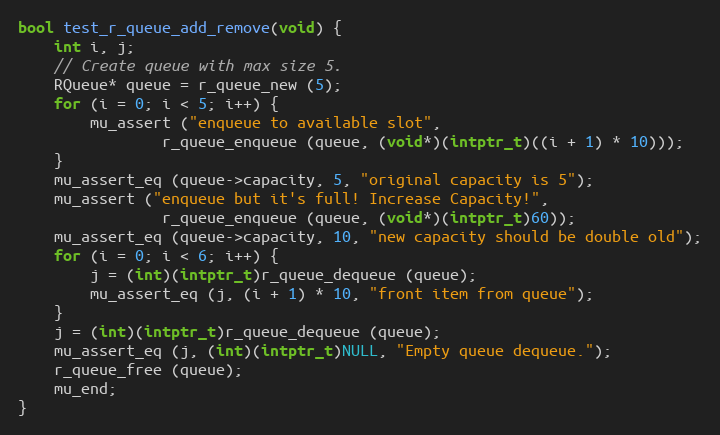
Language: C
bool test_r_queue_add_remove(void) {
	int i, j;
	// Create queue with max size 5.
	RQueue* queue = r_queue_new (5);
	for (i = 0; i < 5; i++) {
		mu_assert ("enqueue to available slot",
				r_queue_enqueue (queue, (void*)(intptr_t)((i + 1) * 10)));
	}
	mu_assert_eq (queue->capacity, 5, "original capacity is 5");
	mu_assert ("enqueue but it's full! Increase Capacity!",
				r_queue_enqueue (queue, (void*)(intptr_t)60));
	mu_assert_eq (queue->capacity, 10, "new capacity should be double old");
	for (i = 0; i < 6; i++) {
		j = (int)(intptr_t)r_queue_dequeue (queue);
		mu_assert_eq (j, (i + 1) * 10, "front item from queue");
	}
	j = (int)(intptr_t)r_queue_dequeue (queue);
	mu_assert_eq (j, (int)(intptr_t)NULL, "Empty queue dequeue.");
	r_queue_free (queue);
	mu_end;
}